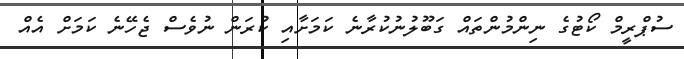
ސުޕްރީމް ކޯޓުގެ ނިންމުންތައް ގަބޫލުނުކުރާނެ ކަމަށާއި ކުރަން ނުވެސް ޖެހޭނެ ކަމަށް އެއް